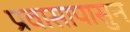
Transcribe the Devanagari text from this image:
प्रवासापासुन